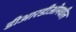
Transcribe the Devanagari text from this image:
डीआरडीओमधील